Memorandum on the prevention of leprosy by segregation of the affected
Disease focus: Leprosy
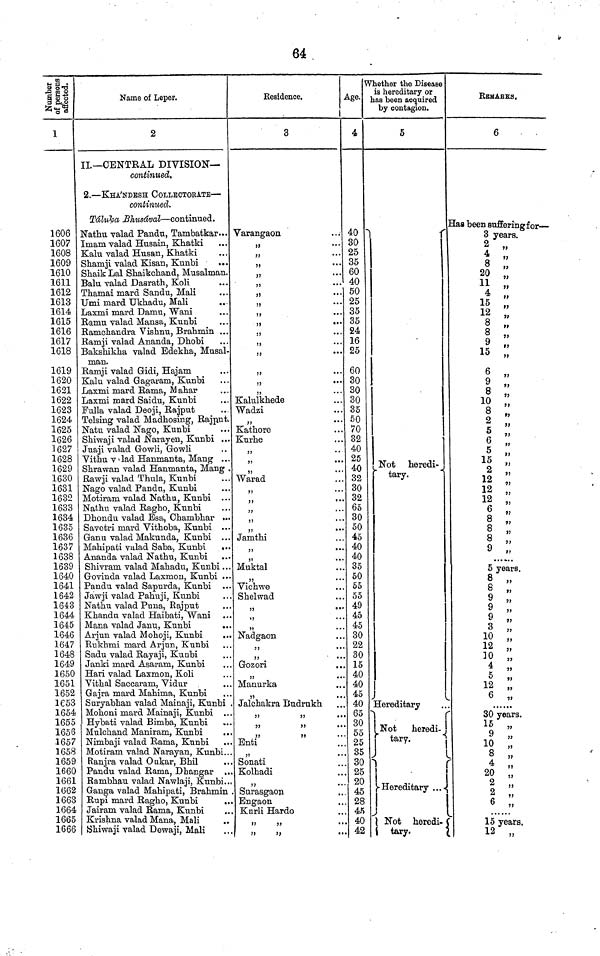
64
Number of persons affected.
1
1606
1607
1608
1609
1610
1611
1612
1613
1614
1615
1616
1617
1618
1619
1620
1621
1622
1623
1624
1625
1626
1627
1628
1629
1630
1631
1632
1633
1634
1635
1636
1637
1638
1639
1640
1641
1642
1643
1644
1645
1646
1647
1648
1649
1650
1651
1652
1653
1654
1655
1656
1657
1658
1659
1660
1661
1662
1663
1664
1665
1666
Name of Leper.
2
II.— CENTRAL DIVISION—
continued.
2.— -KHA'NDESH COLLECTOEATE —
continued.
Taluka Bhusaval — continued.
Nathu valad Pandu, Tambatkar...
Imam valad Husain, Khatki
Kalu valad Husan, Khatki
Shamji valad Kisan, Kunbi
Shaik Lal Shaikchand, Musalman.
Balu valad Dasrath, Koli
Thamai mard Sandu, Mali
Umi mard Ukhadu, Mali
Laxmi mard Damu, Wani
Ramu valad Mansa, Kunbi
Ramchandra Vishnu, Brahmin ...
Ramji valad Ananda, Dhobi
Bakshikha valad Edekha, Musal-
man.
Ramji valad Gidi, Hajam
Kalu valad Gagaram, Kunbi
Laxmi mard Rama, Mahar
Laxmi mard Saidu, Kunbi
Fulla valad Deoji, Rajput
Telsing valad Madhosing, Rajput.
Natu valad Nago, Kunbi
Shiwaji valad Narayen, Kunbi ...
Juaji valad Gowli, Gowli
Vithu v ' lad Hanmanta, Mang . .
Shrawan valad Hanmanta, Mang
Rawji valad Thula, Kunbi
Nago valad Panda, Kunbi
Motiram valad Nathu, Kunbi
Nathu valad Ragho, Kunbi
Dhondu valad Esa, Chambhar ..
Savetri mard Vithoba, Kunbi ..
Ganu valad Makunda, Kunbi
Mahipati valad Saba, Kunbi
..
Ananda valad Nathu, Kunbi
..
Shivram valad Mahadu, Kunbi . .
Govinda valad Laxmon, Kunbi ..
Pandu valad Sapurda, Kunbi
Jawji valad Pahuji, Kunbi
Nathu valad Puna, Rajput
Khandu valad Haibati, Wani
Mana valad Janu, Kunbi
Arjun valad Mohoji, Kunbi
Rukhmi mard Arjun, Kunbi
Sadu valad Rayaji, Kunbi
Janki mard Asaram, Kunbi
Hari valad Laxmon, Koli
Vithal Saccaram, Vidur
Gajra mard Mahirna, Kunbi
Suryabhan valad Mainaji, Kunbi
Mohoni mard Mainaji, Kunbi
Hybati valad Bimba, Kunbi
Mulchand Maniram, Kunbi
Nimbaji valad Rama, Kunbi
Motiram valad Narayan, Kunbi..
Ranjra valad Oukar, Bhil
Pandu valad Rama, Dhangar ..
Rambhau valad Nawlaji, Kunbi..
Ganga valad Mahipati, Brahmin
Rupi mard Ragho, Kunbi
..
Jairam valad Rama, Kunbi
Krishna valad Mana, Mali
Shiwaji valad Dewaji, Mali
Residence.
1
3
Varangaon
,,
,,
...
,,
...
"
"
...
"
...
"
...
"
"
...
"
...
"
"
"
,,
...
,,
Kalulkhede
Wadzi
,,
...
Kathore
Kurhe
"
Warad
,,
,,
"
"
"
Jamthi
Muktal
"
Vichwe
Shelwad
"
"
"
Nadgaon
"
"
Gozori
"
Manurka
"
Jalchakra Budrukh
Enti
"
Sonati
Kolhadi
"
Surasgaon
Engaon
Kurli Hardo
"
"
"
"
Age.
4
40
30
25
35
60
40
50
25
35
35
24
16
25
60
30
30
30
35
50
70
32
40
25
40
32
30
32
65
30
50
45
40
40
35
50
65
55
49
45
45
30
22
30
15
40
40
45
40
65
30
55
25
35
30
25
20
45
28
45
40
42
Whether the Disease
is hereditary or
has been acquired
by contagion.
5
Not heredi-
tary.
Hereditary
|
Not
heredi-
Hereditary
...
N
ot heredi-
tary.
REMARKS.
6
Has been suffering for
3 years.
2 „
4 "
8 "
20 "
11 "
4 "
15 "
12 "
8 "
8 "
9 "
15 "
6 „
9 "
8 "
10 "
8 "
2 "
5 "
6 "
5 "
12 "
12 "
12 "
6 "
8 "
8 "
8 "
9 "
5 years.
8 „
8 "
9 "
9 "
9 „
3 "
10 "
12 "
10 "
4 „
5 „
12 „
6 „
30 years.
15 „
9 „
10 „
8 "
4 "
20 "
77
"
2 „
6 77 "
15 years
12 „